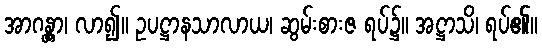
အာဂန္တွာ၊ လာ၍။ ဥပဋ္ဌာနသာလာယ၊ ဆွမ်းစားဇ ရပ်၌။ အဋ္ဌာသိ၊ ရပ်၏။